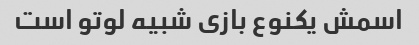
اسمش یکنوع بازی شبیه لوتو است